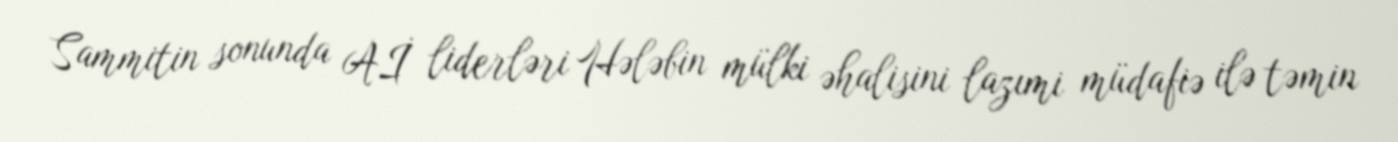
Sammitin sonunda Aİ liderləri Hələbin mülki əhalisini lazımi müdafiə ilə təmin